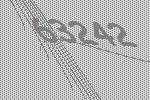
63242